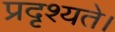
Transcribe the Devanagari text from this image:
प्रदृश्यते।